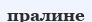
пралине